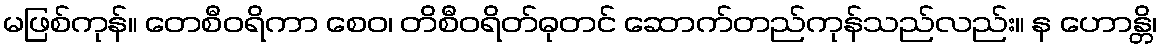
မဖြစ်ကုန်။ တေစီဝရိကာ စေဝ၊ တိစီဝရိတ်ဓုတင် ဆောက်တည်ကုန်သည်လည်း။ န ဟောန္တိ၊